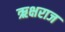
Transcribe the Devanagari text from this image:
ऋक्षराज